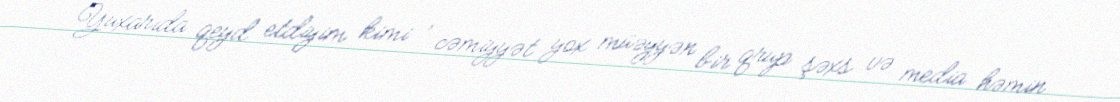
Yuxarıda qeyd etdiyim kimi , cəmiyyət yox müəyyən bir qrup şəxs və media həmin